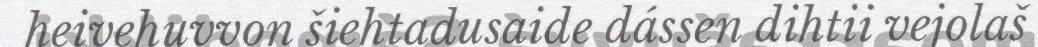
heivehuvvon šiehtadusaide dássen dihtii vejolaš